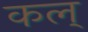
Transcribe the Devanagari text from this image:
कल्‌